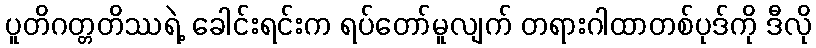
ပူတိဂတ္တတိဿရဲ့ ခေါင်းရင်းက ရပ်တော်မူလျက် တရားဂါထာတစ်ပုဒ်ကို ဒီလို